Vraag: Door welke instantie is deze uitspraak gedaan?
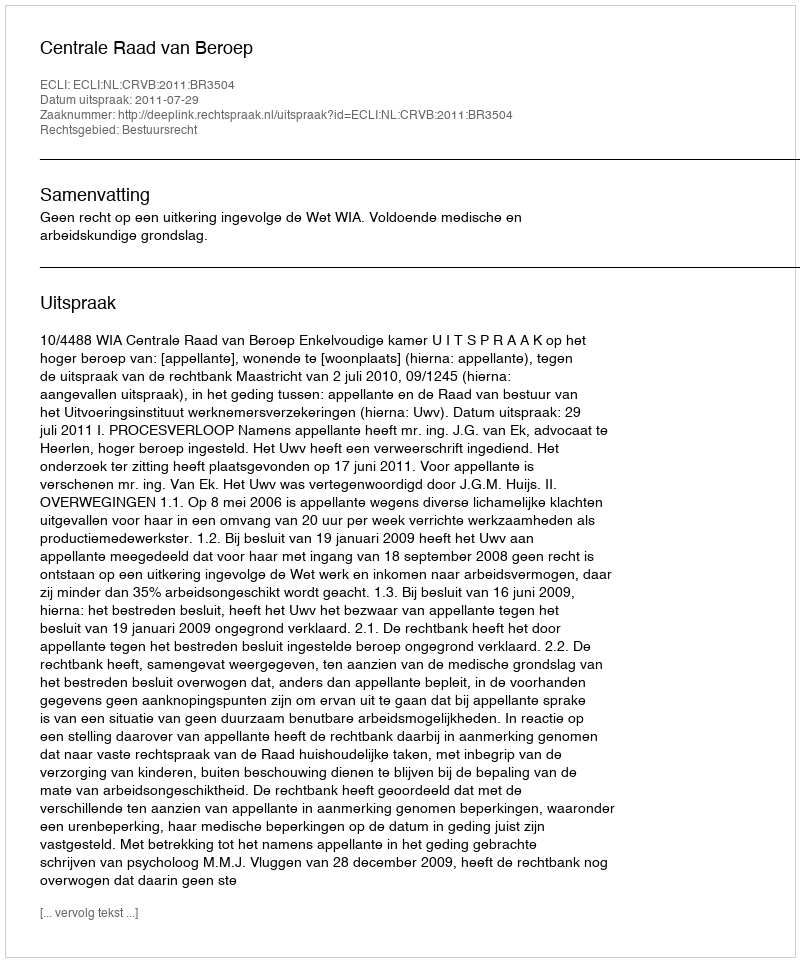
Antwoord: Centrale Raad van Beroep